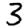
Digit: 3